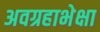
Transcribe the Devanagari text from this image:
अवग्रहाभेक्षा